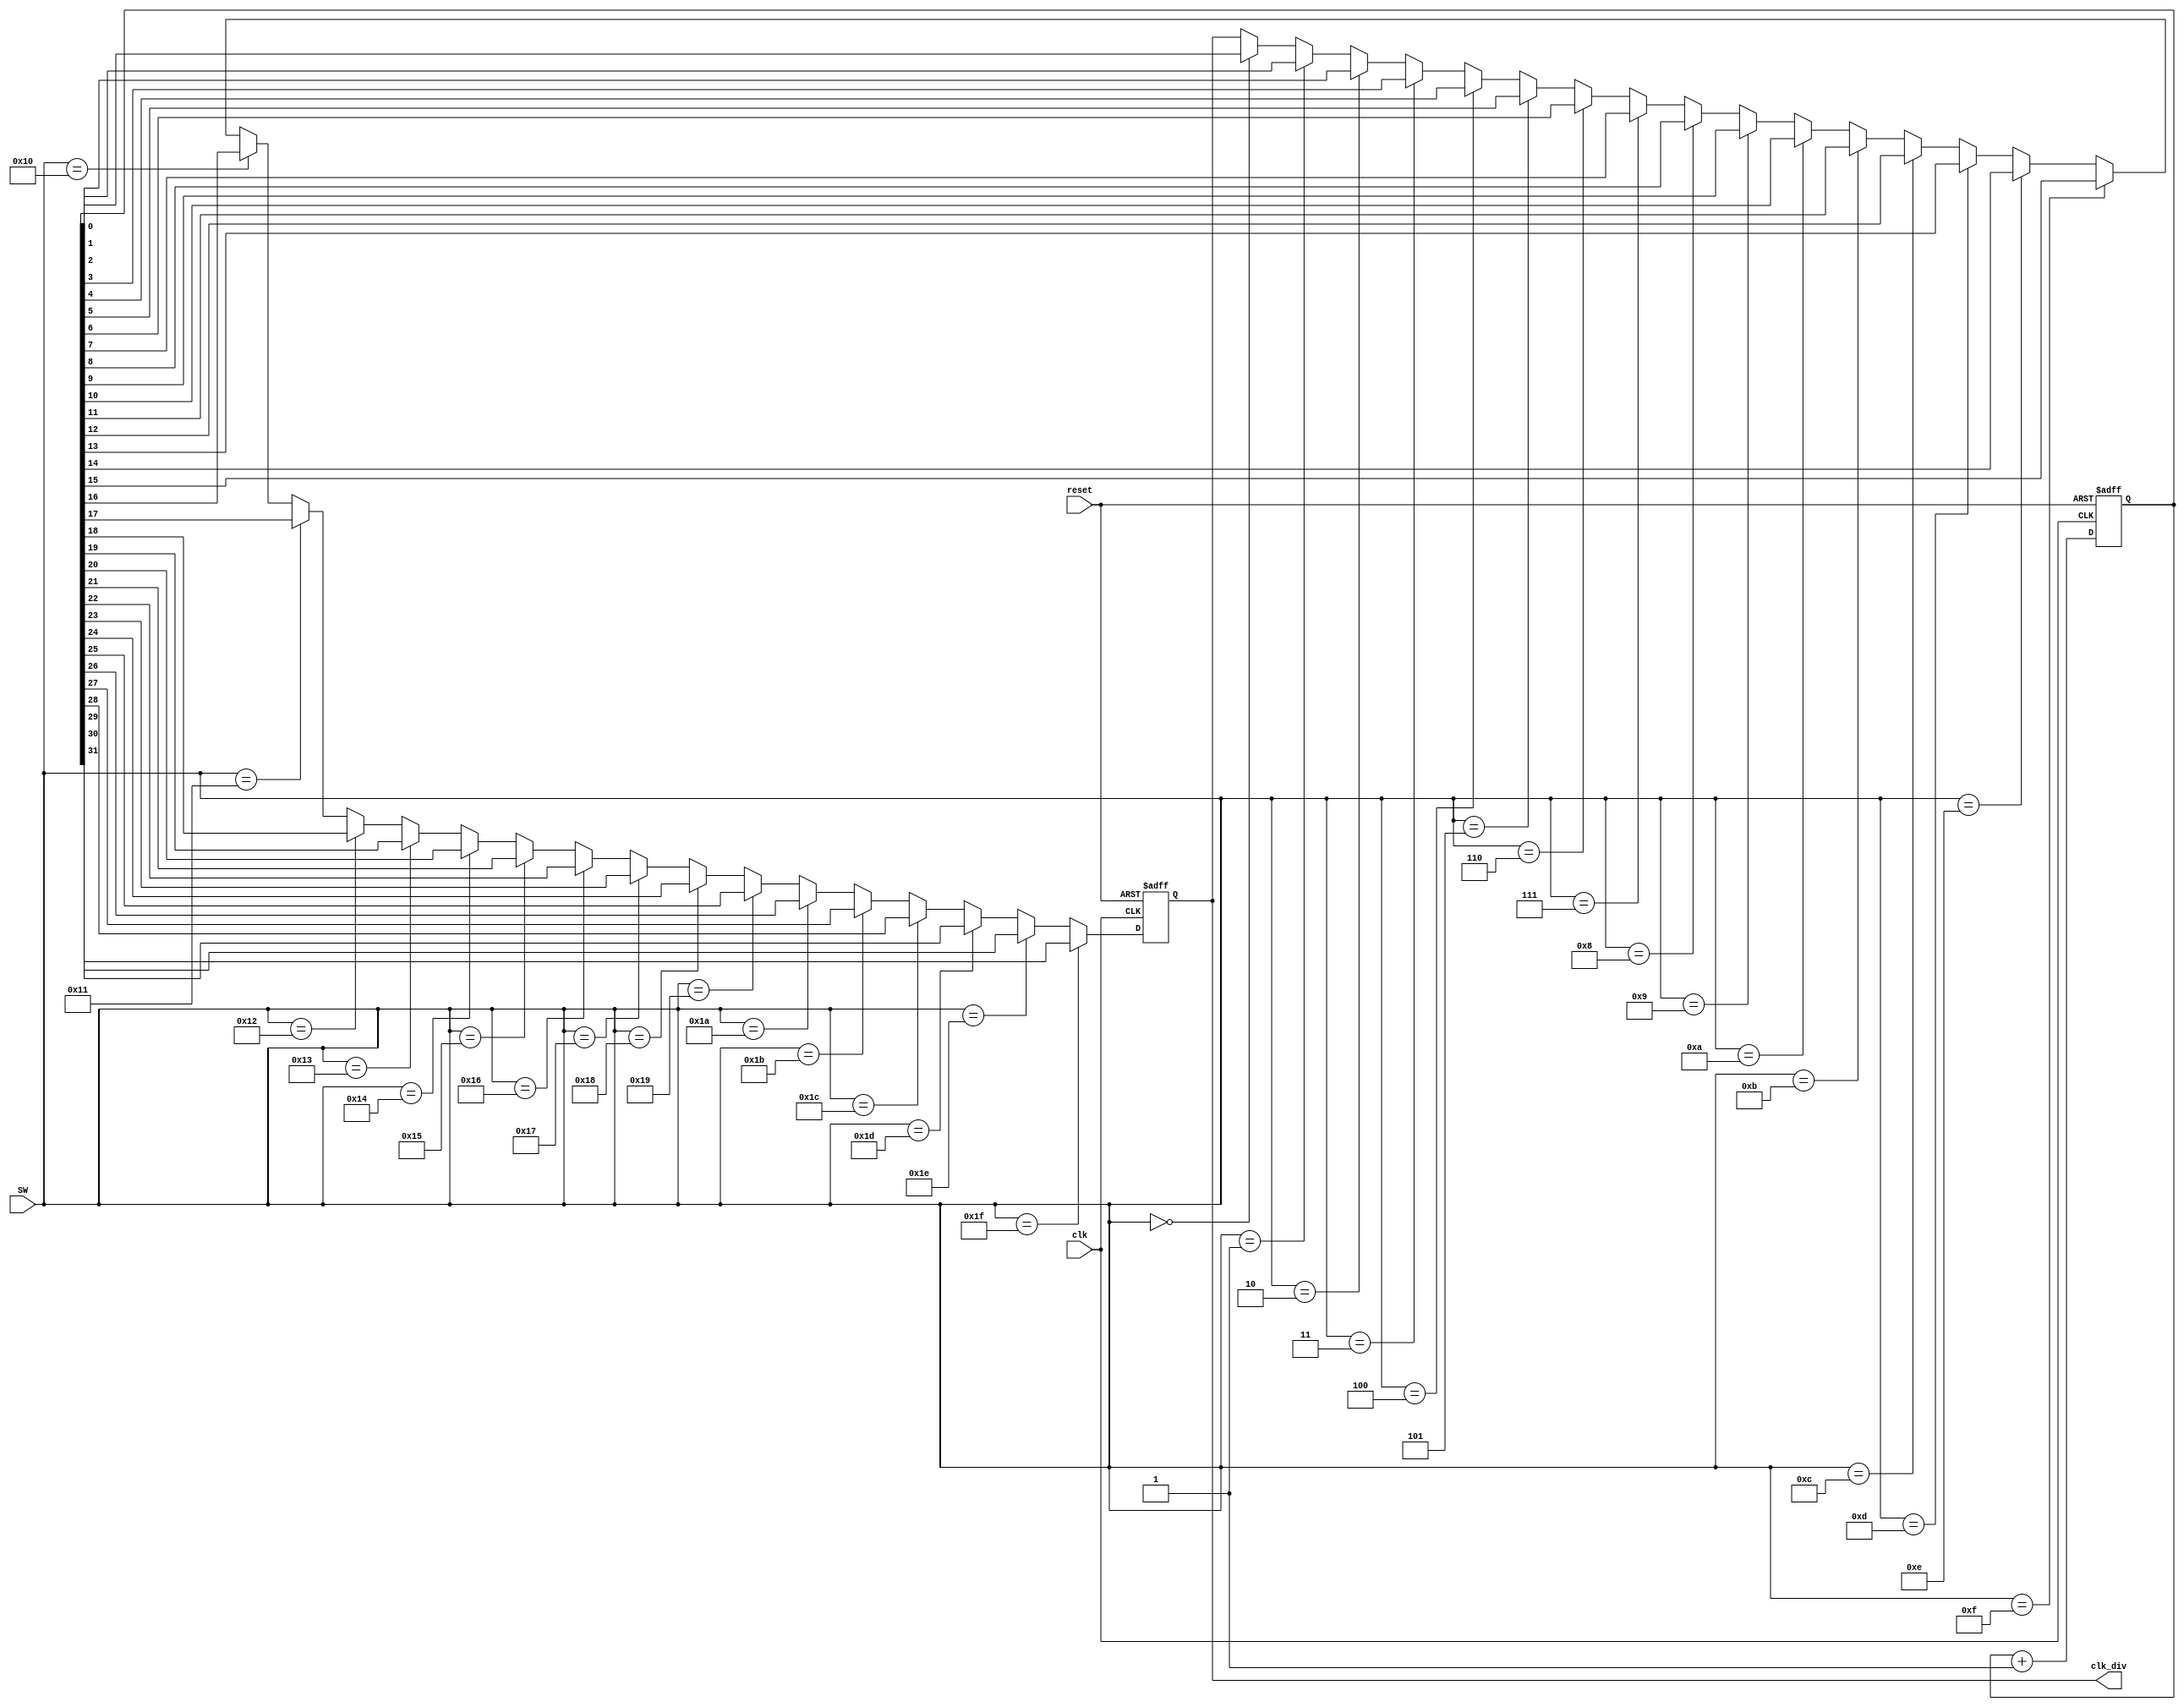
`timescale 1ns / 1ps
//////////////////////////////////////////////////////////////////////////////////
// Company: 
// Engineer: 
// 
// Design Name: 
// Module Name: clk_divider
// Project Name: 
// Target Devices: 
// Tool Versions: 
// Description: 
// 
// Dependencies: 
// 
// Revision:
// Revision 0.01 - File Created
// Additional Comments:
// 
//////////////////////////////////////////////////////////////////////////////////

module clk_divider(
    input clk,
    input reset,
    input [4:0] SW, 
    output reg clk_div
);

reg [31:0] count; 
                  
always@(posedge clk or posedge reset)
begin 
    if (reset)
        count <= 0;
    else 
        count <= count + 1; 
end

integer i;
always@(posedge clk or posedge reset)
begin 
    if (reset)
        clk_div <= 1'b0;
    else
    begin
        for (i = 0; i < 32; i = i + 1)
            if (SW == i)
                clk_div <= count[i];
    end
end 

endmodule